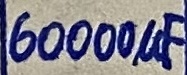
Text: 60000µF